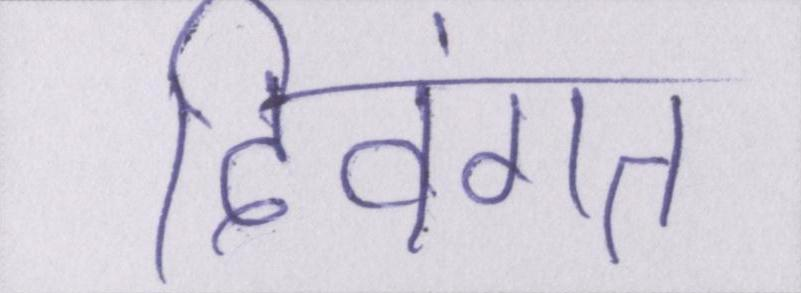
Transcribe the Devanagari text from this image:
दिवंगत